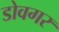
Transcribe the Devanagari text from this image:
डोवगर